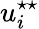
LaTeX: u_{i}^{\star\star}